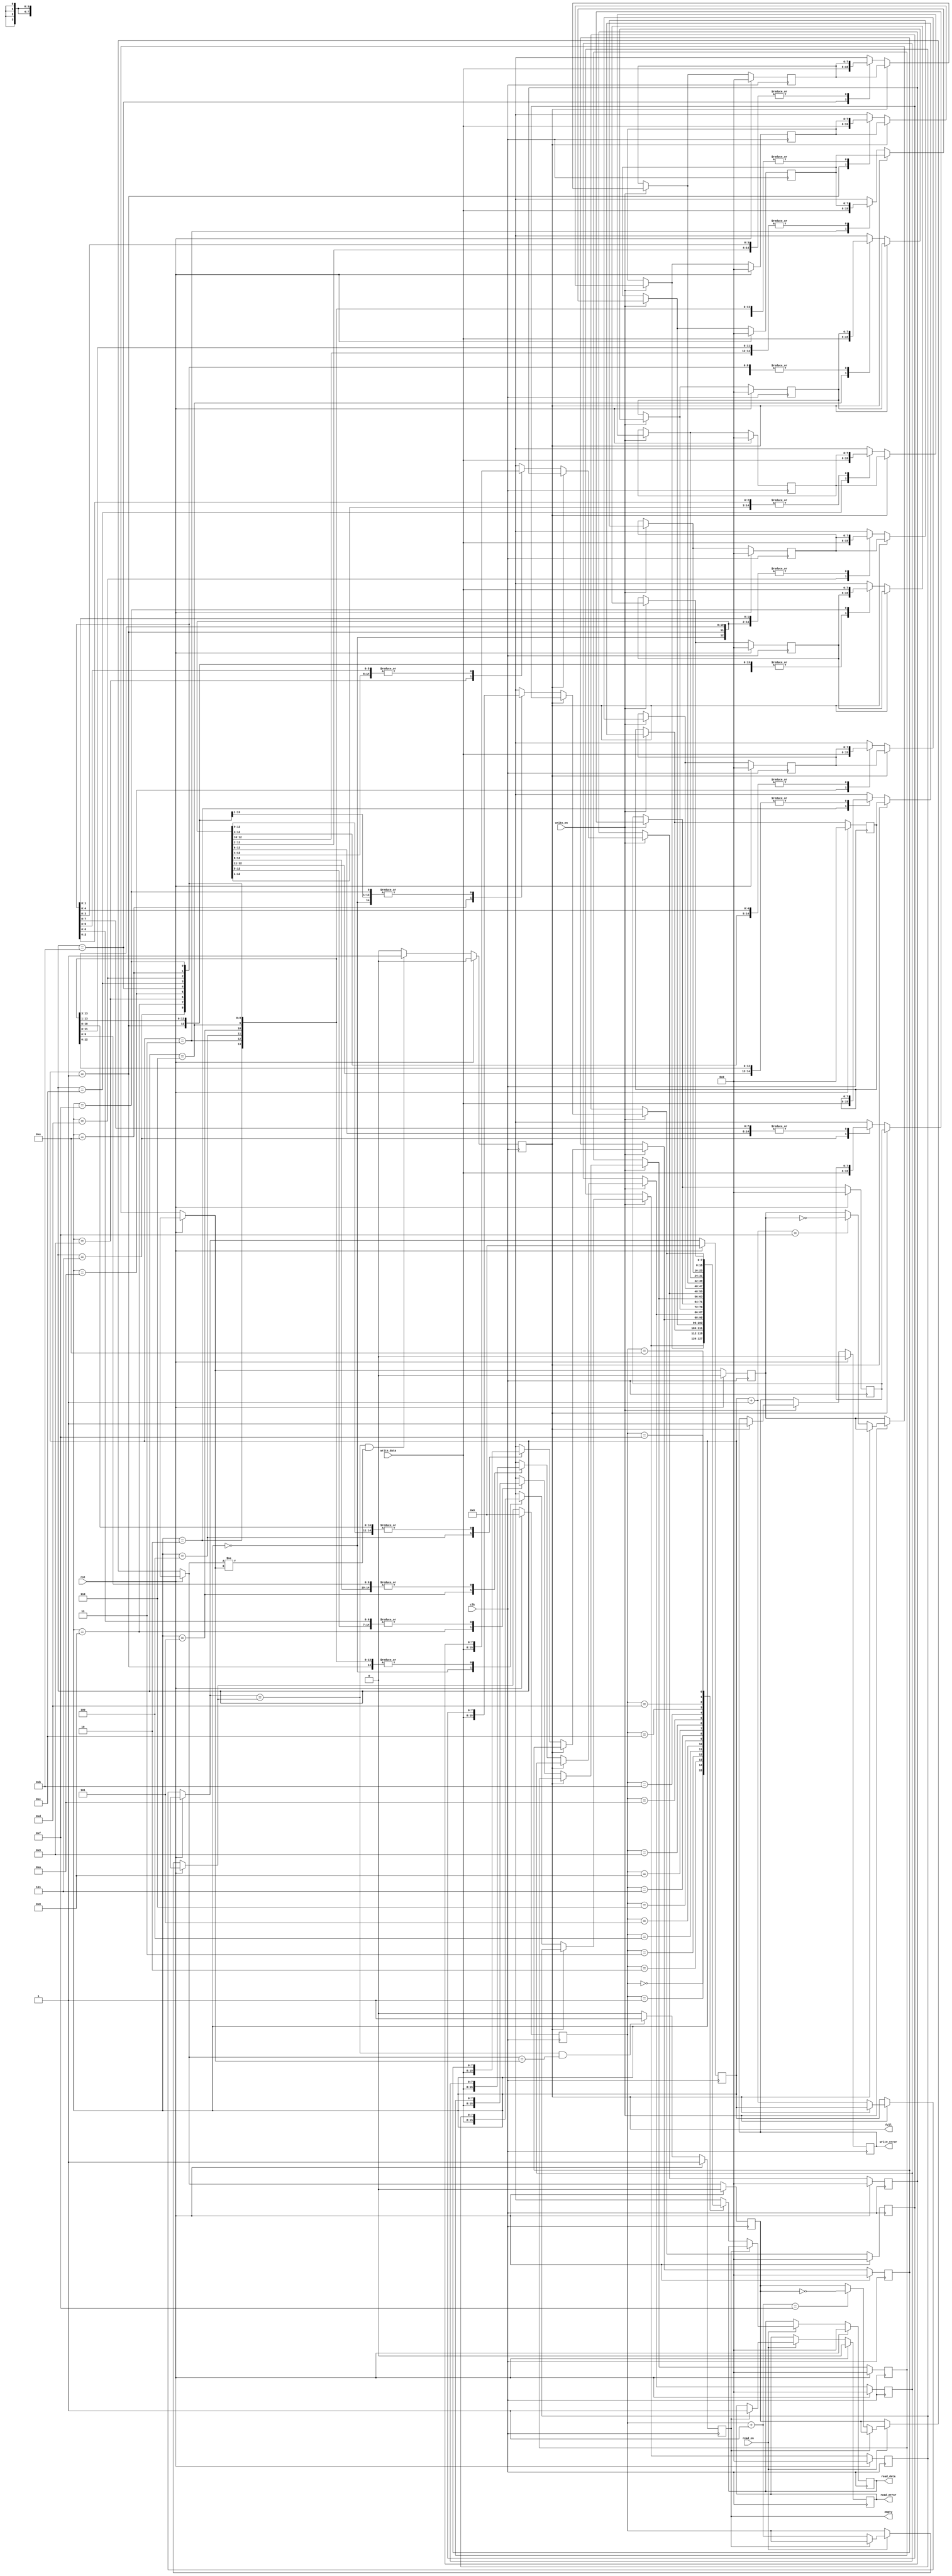
module fifo(clk,rst,read_en,write_en,write_data,read_data,full,empty,write_error,read_error);
parameter WIDTH = 8;
parameter DEPTH = 16;
parameter PTR_DEPTH = $clog2(DEPTH);
input clk,rst;
input read_en,write_en;
input [WIDTH-1:0]write_data;
output reg [WIDTH-1:0]read_data;
output reg full,empty,read_error,write_error;
reg[PTR_DEPTH-1:0] wr_ptr,rd_ptr;
reg wr_toggle_flag,rd_toggle_flag;
reg [WIDTH-1:0] memory[DEPTH-1:0];
integer i;
always@(posedge clk) begin
if(rst)
 begin
     read_data = 0;
     full = 0;
     empty = 1;
     read_error = 0;
     write_error = 0;
     wr_ptr = 0;
     rd_ptr = 0;
     wr_toggle_flag = 0;
     rd_toggle_flag = 0;
     for(i = 0; i<DEPTH; i=i+1) memory[i] = 0;
 end
else
 begin
    if(write_en) begin
        if(full) 
           write_error = 1;
        else
           begin
           memory[wr_ptr] = write_data;
           wr_ptr = wr_ptr + 1;
			   if(wr_ptr == DEPTH-1) 
			       	wr_toggle_flag = ~wr_toggle_flag;
           end   
	end
	
if(read_en) begin
        if(empty)
             read_error = 1;
         else
		  begin
           read_data = memory[rd_ptr];
           rd_ptr = rd_ptr + 1;
		   		if(rd_ptr == DEPTH-1) 
            		rd_toggle_flag = ~rd_toggle_flag;
		   end
end       
	if(wr_ptr == rd_ptr && rd_toggle_flag != wr_toggle_flag)
             full = 1;
	else
	     full = 0;
	if(wr_ptr == rd_ptr && rd_toggle_flag == wr_toggle_flag)
       empty = 1;
	else
	   empty = 0;

end
end
endmodule